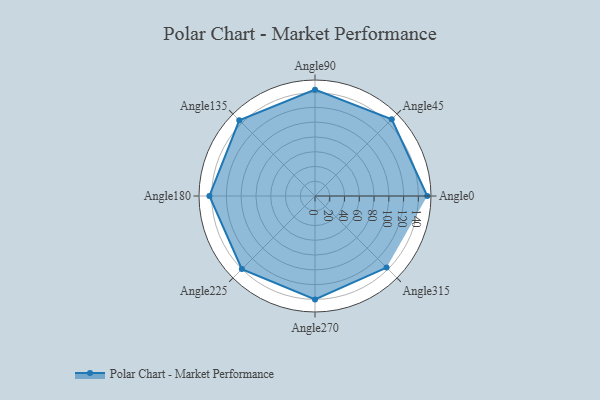
{"axis": {"x": "Angle", "y": "Radius"}, "legend": [""], "data": [{"x": "Angle0", "y": 152.0, "type": ""}, {"x": "Angle45", "y": 147.0, "type": ""}, {"x": "Angle90", "y": 144.0, "type": ""}, {"x": "Angle135", "y": 145.0, "type": ""}, {"x": "Angle180", "y": 143.0, "type": ""}, {"x": "Angle225", "y": 140.0, "type": ""}, {"x": "Angle270", "y": 140.0, "type": ""}, {"x": "Angle315", "y": 137.0, "type": ""}]}